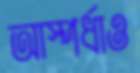
আস্পর্ধাও